Calcutta medical institutions reports 1879-81 [i.e.91]
Year: 1879
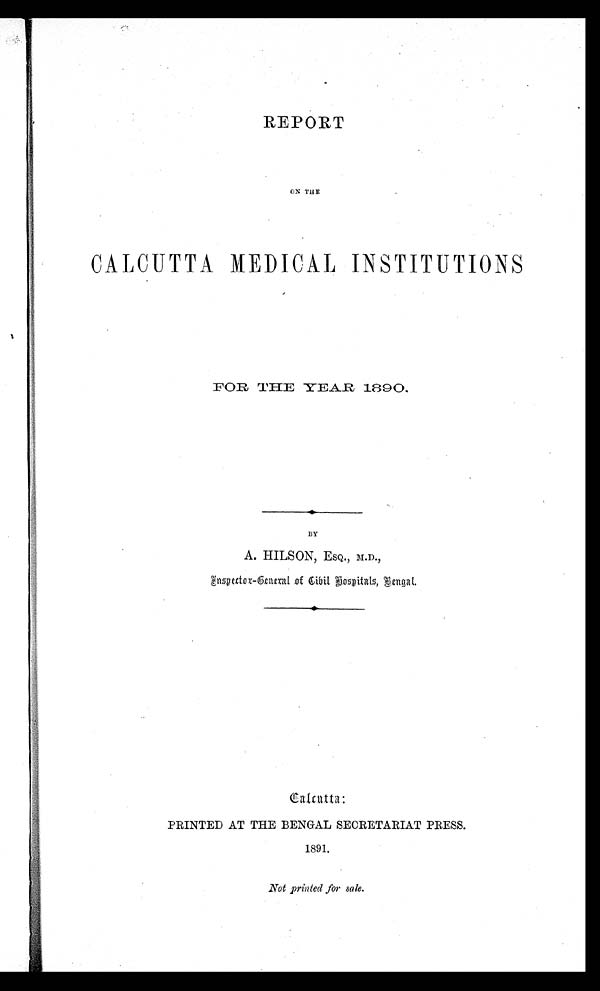
REPORT
ON THE
CALCUTTA MEDICAL INSTITUTIONS
FOR THE YEAR 1890,
A. HILSON, ESQ., M.D.,
Inspector-General of Civil Hospitals, Bengal.
Calcutta:
PRINTED AT THE BENGAL SECRETARIAT PRESS.
1891.
Not printed for sale.